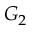
G _ { 2 }